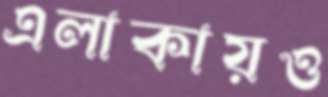
এলাকায়ও